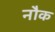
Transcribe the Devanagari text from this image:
नौक